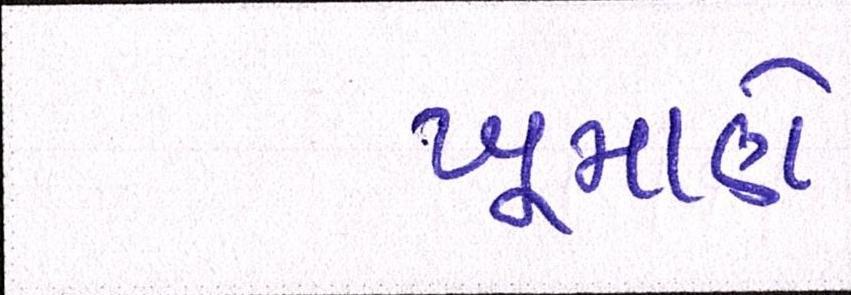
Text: ખૂમાણે